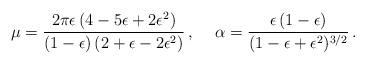
LaTeX: \begin{align*}\mu= {2\pi\epsilon\, (4-5\epsilon +2\epsilon^2)\over (1-\epsilon)\, (2+\epsilon -2\epsilon^2)}\, ,\hspace{0.5cm}\alpha={\epsilon\, (1-\epsilon)\over (1-\epsilon+\epsilon^2)^{3/2}}\, .\end{align*}